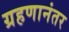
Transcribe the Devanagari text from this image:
ग्रहणानंतर